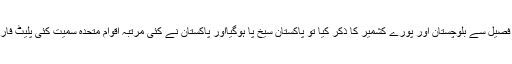
بھارتی ٹی وی کا کہنا تھا کہ جب ہندوستان کے وزیر اعظم مودی نے لال قلعہ کے فصیل سے بلوچستان اور پورے کشمیر کا ذکر کیا تو پاکستان سیخ پا ہوگیااور پاکستان نے کئی مرتبہ اقوام متحدہ سمیت کئی پلیٹ فارموں پر کشمیر کا مسئلہ اٹھایا، جس کا ہندوستان نے پرزور انداز میں جواب بھی دیا۔